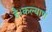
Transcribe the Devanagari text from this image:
है।कल्याण